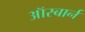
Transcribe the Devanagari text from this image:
ऑस्बार्न